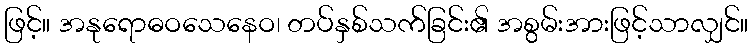
ဖြင့်။ အနုရောဓဝသေနေဝ၊ တပ်နှစ်သက်ခြင်း၏ အစွမ်းအားဖြင့်သာလျှင်။